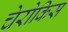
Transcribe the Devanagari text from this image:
चेरोकिस